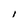
Character: I